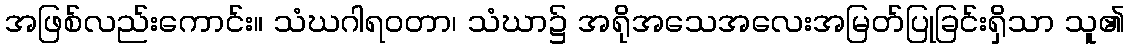
အဖြစ်လည်းကောင်း။ သံဃဂါရဝတာ၊ သံဃာ၌ အရိုအသေအလေးအမြတ်ပြုခြင်းရှိသာ သူ၏